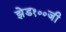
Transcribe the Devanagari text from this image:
झेड१००जी